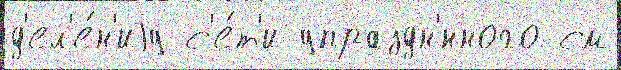
д'ел'е́н'иjу с'е́т'и упраздн'́нного см